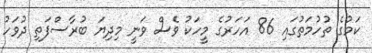
ކަމުގެ ތުހުމަތުގައި 86 އަހަރުގެ މީހަކު ވެސް ވަނީ މިދިޔަ ބުރާސްފަތި ދުވަހު